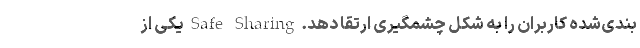
بندی‌شده کاربران را به شکل چشمگیری ارتقا دهد. Safe Sharing یکی از